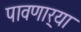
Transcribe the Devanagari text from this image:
पावणार्‍या